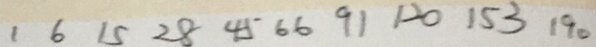
1 6 1 5 2 8 4 5 6 6 9 1 1 2 0 1 5 3 1 9 0